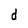
Character: d